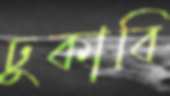
ঢুকাবি